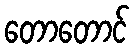
တောတောင်